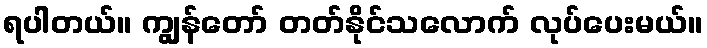
ရပါတယ်။ ကျွန်တော် တတ်နိုင်သလောက် လုပ်ပေးမယ်။